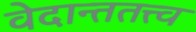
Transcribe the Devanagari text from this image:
वेदान्ततत्त्‍व